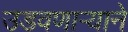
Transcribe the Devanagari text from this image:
उडवणाऱ्याने